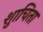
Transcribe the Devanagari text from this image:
शुाचिता